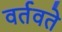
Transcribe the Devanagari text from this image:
वर्तवते